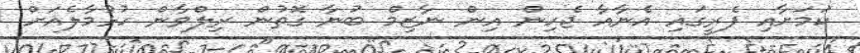
ކަމަށާއި ފެރީގައި އެނާއާ ޖެހިން އިން ނާޒިމް ބުނާ ގޮތުން ރިލްވާން ހުޅުމާލެއަށް